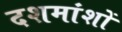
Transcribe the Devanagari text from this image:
दशमांशों